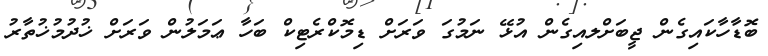
ބޮޑާހާކައިގެން ޖީބަށްލއިގެން އުޅޭ ނަމުގަ ވަރަށް ޑިމޮކްރެޓިކް ބަހާ ޢަމަލުން ވަރަށް ޚުދުމުޚުތާރު